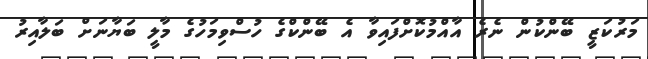
މަރުކަޒީ ބޭންކުން ނެރެ އާއްމުކޮށްފައިވާ އެ ބޭންކްގެ ހުސްވިމަހުގެ މާލީ ބަޔާނަށް ބަލާއިރު